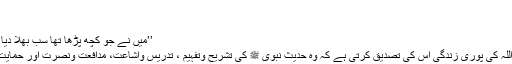
‘‘
اور اس کے بعد فرمایا کہ
’’میں نے جو کچھ پڑھا تھا سب بھلا دیا سوائے علم حدیث کے‘‘(۲)
حضرت شاہ ولی اللہ رحمہ اللہ کی پوری زندگی اس کی تصدیق کرتی ہے کہ وہ حدیث نبوی ﷺ کی تشریح وتفہیم ، تدریس واشاعت، مدافعت ونصرت اور حمایت وتائید میں مصروف رہے۔